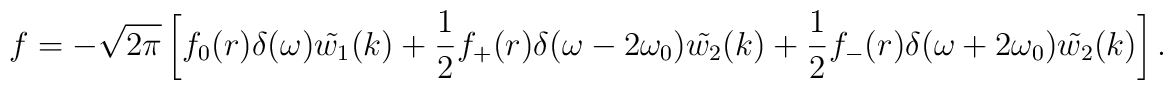
f =  - \sqrt{2 \pi} \left[ f_0(r) \delta(\omega) \tilde{w_1}(k) +\frac{1}{2} f_+(r) \delta(\omega - 2 \omega_0) \tilde{w_2}(k) + \frac{1}{2}  f_-(r) \delta(\omega + 2 \omega_0) \tilde{w_2}(k) \right].